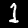
Digit: 1